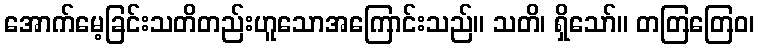
အောက်မေ့ခြင်းသတိတည်းဟူသောအကြောင်းသည်။ သတိ၊ ရှိသော်။ တတြတြေဝ၊